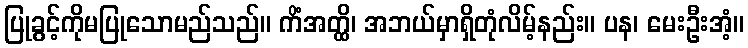
ပြုခွင့်ကိုမပြုသောမည်သည်။ ကိံအတ္ထိ၊ အဘယ်မှာရှိတုံလိမ့်နည်း။ ပန၊ မေးဦးအံ့။